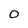
Character: 0